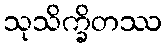
သုသိက္ခိတဿ